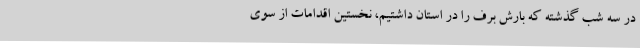
در سه شب گذشته که بارش برف را در استان داشتیم، نخستین اقدامات از سوی